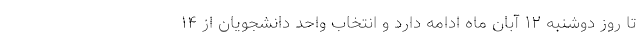
تا روز دوشنبه ۱۲ آبان ماه ادامه دارد و انتخاب واحد دانشجویان از ۱۴